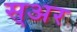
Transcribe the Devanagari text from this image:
स्अर